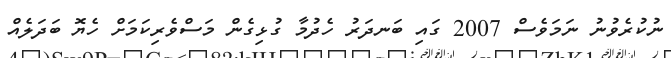
ނުކުރެވުނު ނަމަވެސް 2007 ގައި ބަނދަރު ހެދުމާ ގުޅިގެން މަސްވެރިކަމަށް ހެޔޮ ބަދަލެއް